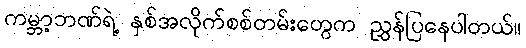
ကမ္ဘာ့ဘဏ်ရဲ့ နှစ်အလိုက်စစ်တမ်းတွေက ညွှန်ပြနေပါတယ်။